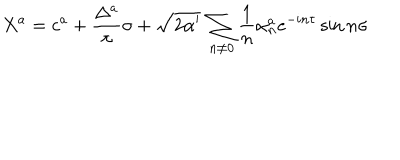
X ^ { a } = c ^ { a } + \frac { \Delta ^ { a } } { \pi } \sigma + \sqrt { 2 \alpha ^ { \prime } } \: \sum _ { n \neq 0 } \frac { 1 } { n } \alpha _ { n } ^ { a } e ^ { - i n \tau } \sin n \sigma